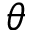
\theta